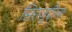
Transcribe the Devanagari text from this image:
सिराज़ुद्दौला